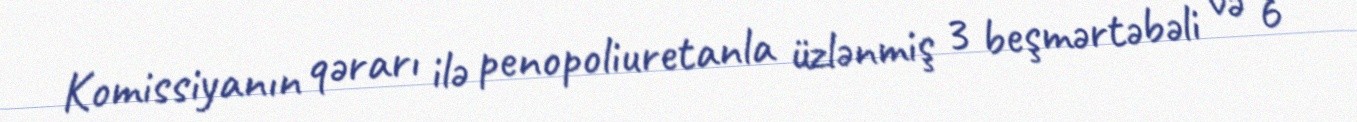
Komissiyanın qərarı ilə penopoliuretanla üzlənmiş 3 beşmərtəbəli və 6